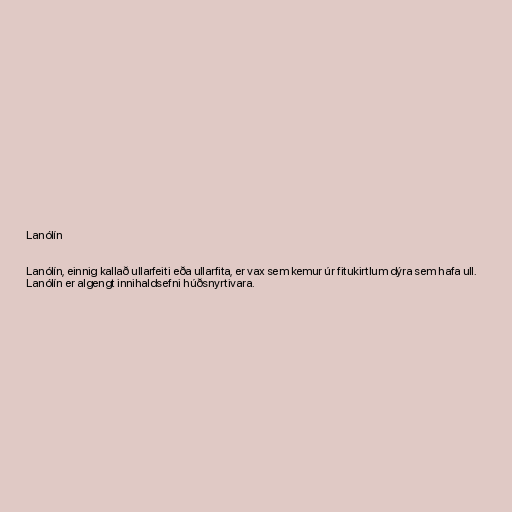
Lanólín

Lanólín, einnig kallað ullarfeiti eða ullarfita, er vax sem kemur úr fitukirtlum dýra sem hafa ull.
Lanólín er algengt innihaldsefni húðsnyrtivara.